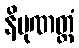
နိပုဏတ္ထံ